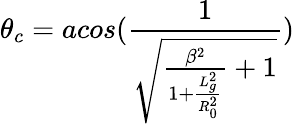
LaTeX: \theta_{c}=acos(\frac{1}{\sqrt{\frac{\beta^{2}}{1+\frac{L_{g}^{2}}{R_{0}^{2}}}+1}})